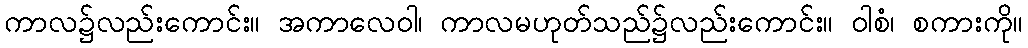
ကာလ၌လည်းကောင်း။ အကာလေဝါ၊ ကာလမဟုတ်သည်၌လည်းကောင်း။ ဝါစံ၊ စကားကို။